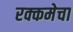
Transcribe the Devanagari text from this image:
रक्कमेचा